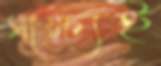
সাক্ষ্যই